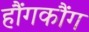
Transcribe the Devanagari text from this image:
हौंगकौंग